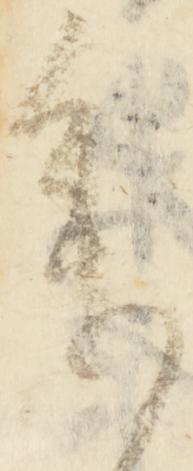
参